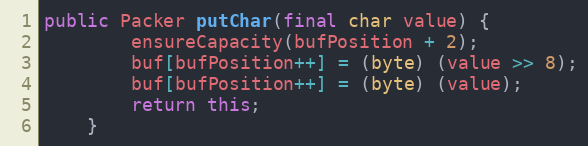
Language: Java
public Packer putChar(final char value) {
		ensureCapacity(bufPosition + 2);
		buf[bufPosition++] = (byte) (value >> 8);
		buf[bufPosition++] = (byte) (value);
		return this;
	}